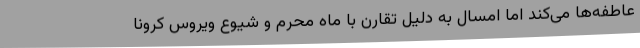
عاطفه‌ها می‌کند اما امسال به دلیل تقارن با ماه محرم و شیوع ویروس کرونا